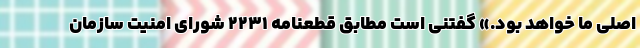
اصلی ما خواهد بود.» گفتنی است مطابق قطعنامه ۲۲۳۱ شورای امنیت سازمان